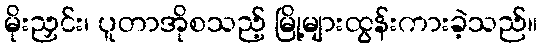
မိုးညှင်း၊ ပူတာအိုစသည့် မြို့များထွန်းကားခဲ့သည်။